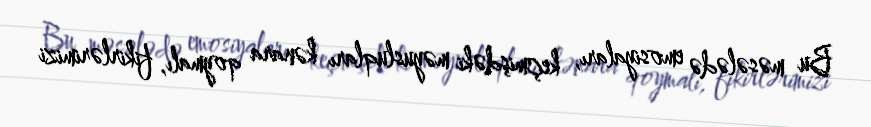
Bu məsələdə emosiyaları, keçmişdəki məyusluqları kənara qoymalı, fikirlərimizi